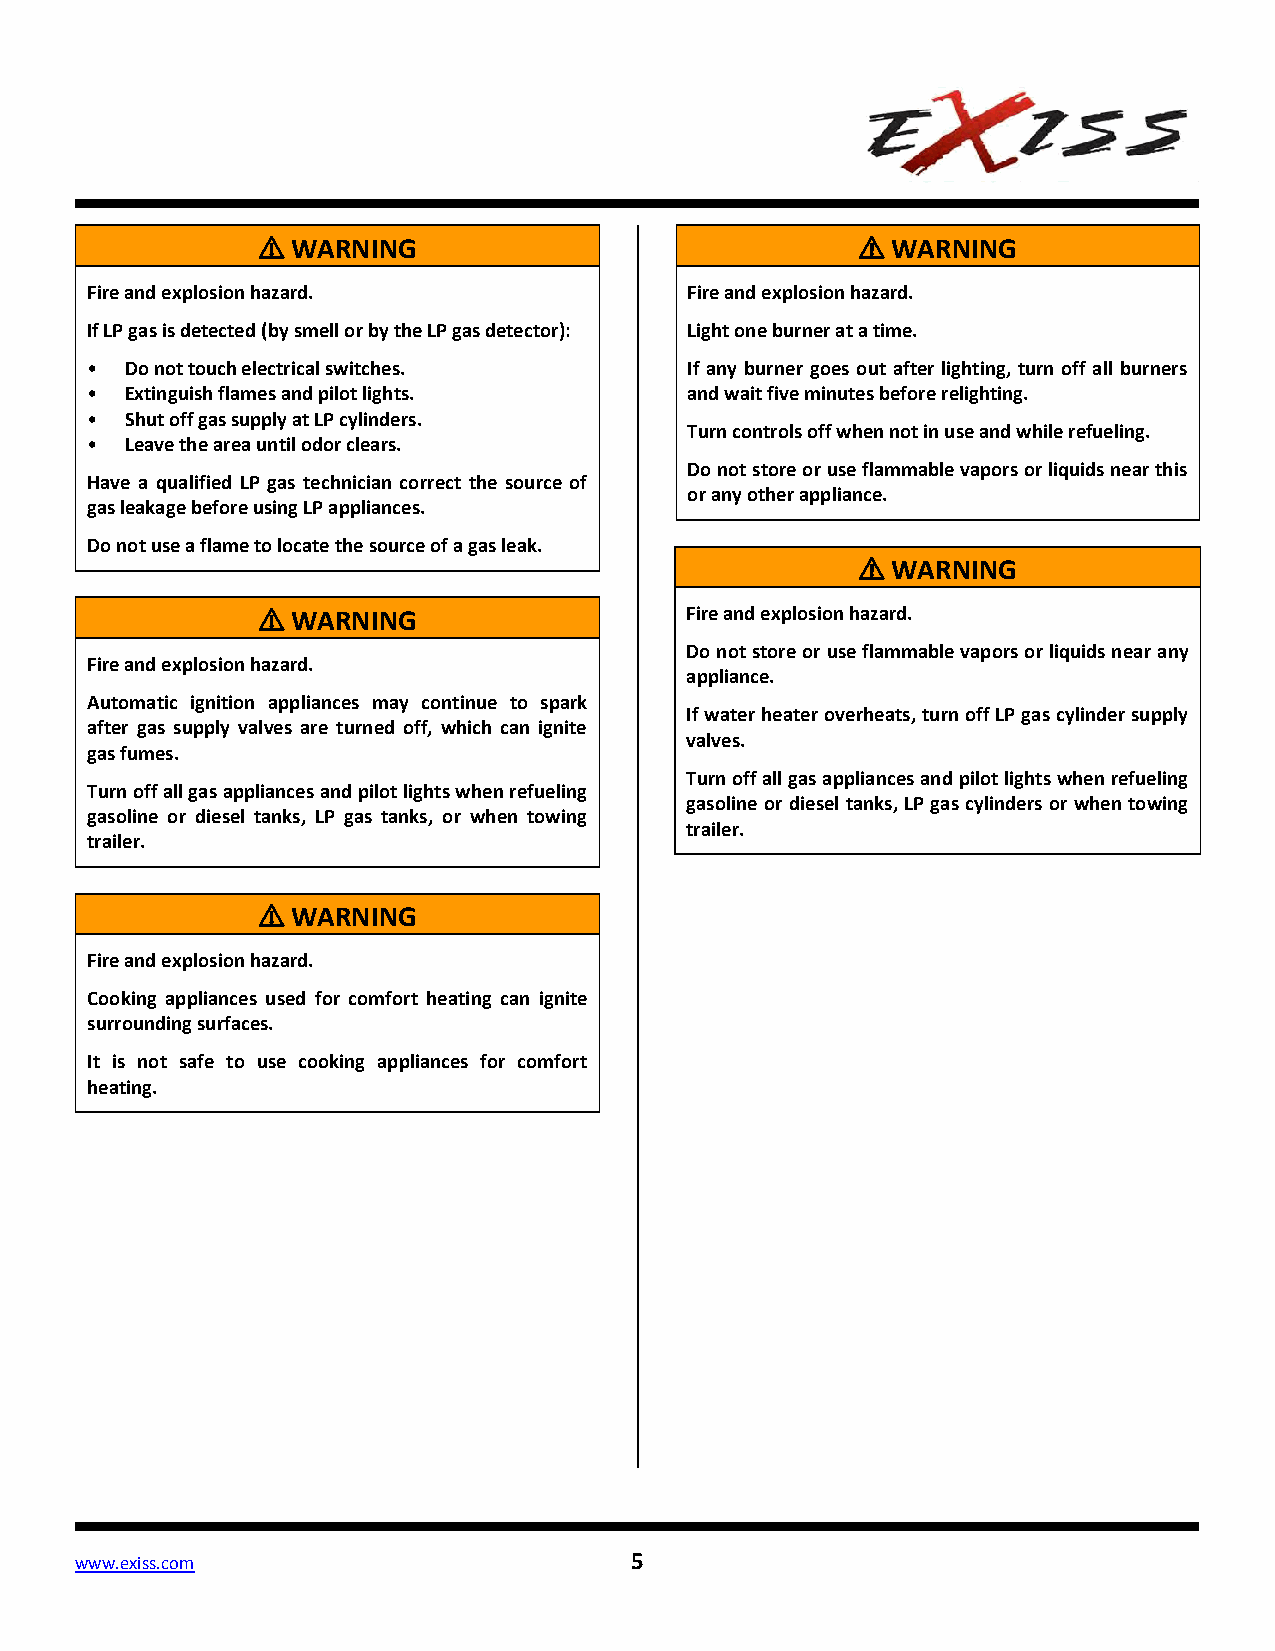
⚠ WARNING                               ⚠ WARNING
 Fire and explosion hazard.              Fire and explosion hazard.
 If LP gas is detected (by smell or by the LP gas detector): Light one burner at a time.
 • Do not touch electrical switches.     If any burner goes out after lighting, turn off all burners
 • Extinguish flames and pilot lights.   and wait five minutes before relighting.
 • Shut off gas supply at LP cylinders.
 Turn controls off when not in use and while refueling.
 • Leave the area until odor clears.
 Do not store or use flammable vapors or liquids near this
 Have a qualified LP gas technician correct the source of
 or any other appliance.
 gas leakage before using LP appliances.
 Do not use a flame to locate the source of a gas leak.
 ⚠ WARNING
 ⚠ WARNING                   Fire and explosion hazard.
 Do not store or use flammable vapors or liquids near any
 Fire and explosion hazard.
 appliance.
 Automatic ignition appliances may continue to spark
 If water heater overheats, turn off LP gas cylinder supply
 after gas supply valves are turned off, which can ignite
 valves.
 gas fumes.
 Turn off all gas appliances and pilot lights when refueling
 Turn off all gas appliances and pilot lights when refueling
 gasoline or diesel tanks, LP gas cylinders or when towing
 gasoline or diesel tanks, LP gas tanks, or when towing
 trailer.
 trailer.
 ⚠ WARNING
 Fire and explosion hazard.
 Cooking appliances used for comfort heating can ignite
 surrounding surfaces.
 It is not safe to use cooking appliances for comfort
 heating.
 www.exiss.com                        5